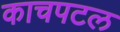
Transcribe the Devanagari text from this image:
काचपटल